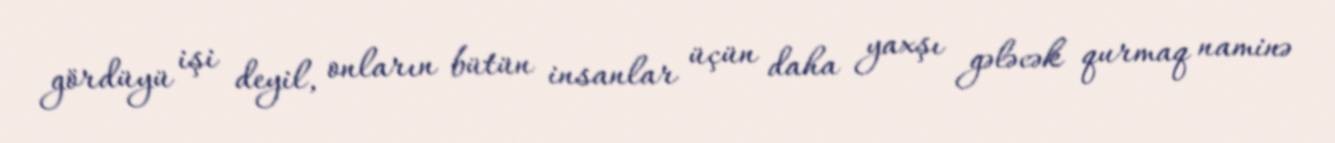
gördüyü işi deyil, onların bütün insanlar üçün daha yaxşı gələcək qurmaq naminə